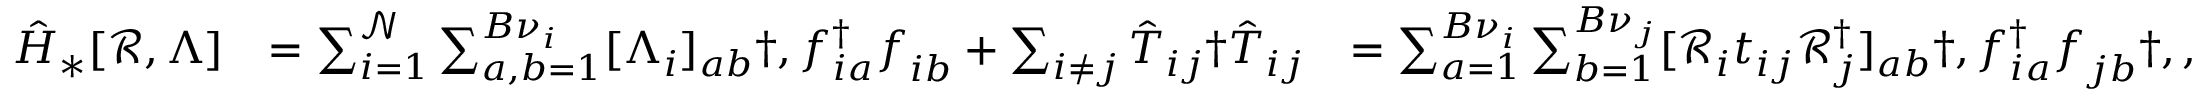
\begin{array} { r l r } { \hat { H } _ { * } [ \mathcal { R } , \Lambda ] } & { = \sum _ { i = 1 } ^ { \mathcal { N } } \sum _ { a , b = 1 } ^ { { B } \nu _ { i } } [ \Lambda _ { i } ] _ { a b } \dag , f _ { i a } ^ { \dagger } f _ { i b } ^ { \phantom { \dagger } } + \sum _ { i \neq j } \hat { T } _ { i j } \dag \hat { T } _ { i j } } & { = \sum _ { a = 1 } ^ { B \nu _ { i } } \sum _ { b = 1 } ^ { B \nu _ { j } } [ \mathcal { R } _ { i } t _ { i j } \mathcal { R } _ { j } ^ { \dagger } ] _ { a b } \dag , f _ { i a } ^ { \dagger } f _ { j b } ^ { \phantom { \dagger } } \dag , , } \end{array}